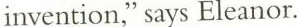
invention,' says Eleanor.